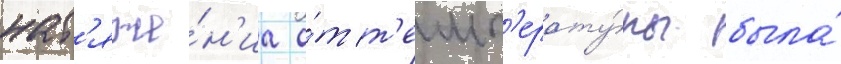
нат'яже́н'иа о́т т'емп'ерату́ры была́